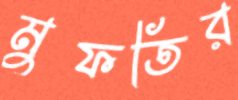
মুফতির